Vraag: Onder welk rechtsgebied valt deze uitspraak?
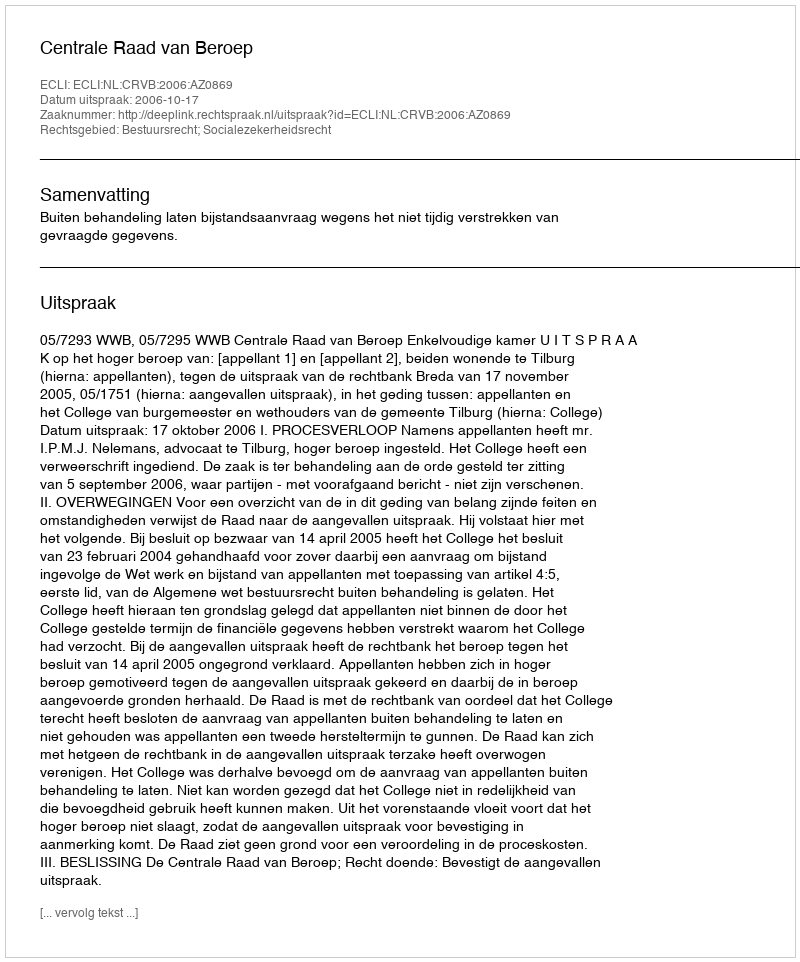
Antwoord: Bestuursrecht; Socialezekerheidsrecht